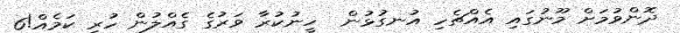
ދޮންވުމަށް މޫނުގައި އެއްޗެހި އުނގުޅުން  ހީނުކުރާ ވަރުގެ ގެއްލުން ހުރި ކަމެއް!6